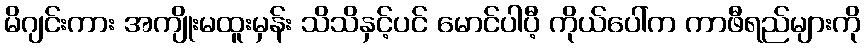
မိဂျင်းကား အကျိုးမထူးမှန်း သိသိနှင့်ပင် မောင်ပါပီ့ ကိုယ်ပေါ်က ကာဖီရည်များကို